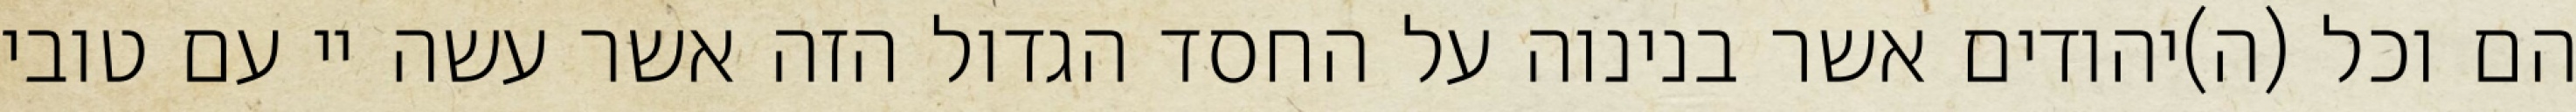
הם וכל (ה)יהודים אשר בנינוה על החסד הגדול הזה אשר עשה יי עם טובי